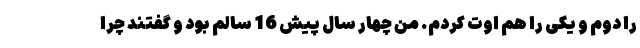
را دوم و یکی را هم اوت کردم. من چهار سال پیش 16 سالم بود و گفتند چرا